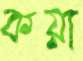
কয়া